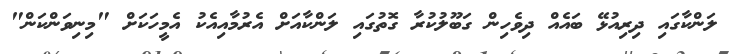
ލަންކާގައި ދިރިއުޅޭ ބައެއް ދިވެހިން ގަބޫލުކުރާ ގޮތުގައި ލަންކާއަށް އެރުމާއިއެކު އެމީހަކަށް "މިނިވަންކަން"